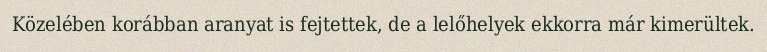
Közelében korábban aranyat is fejtettek, de a lelőhelyek ekkorra már kimerültek.